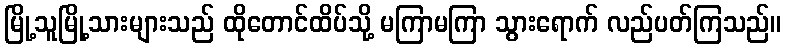
မြို့သူမြို့သားများသည် ထိုတောင်ထိပ်သို့ မကြာမကြာ သွားရောက် လည်ပတ်ကြသည်။